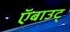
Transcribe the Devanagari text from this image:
ऍबाउट्